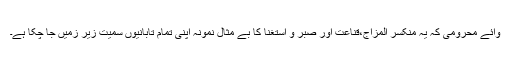
وائے محرومی کہ یہ منکسر المزاج،قناعت اور صبر و استغنا کا بے مثال نمونہ اپنی تمام تابانیوں سمیت زیر زمیں جا چکا ہے۔